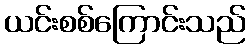
ယင်းစစ်ကြောင်းသည်